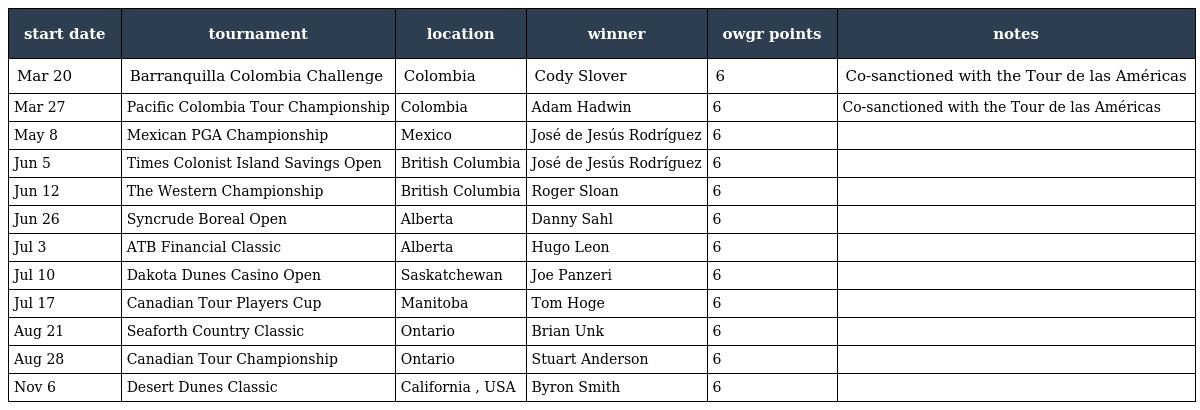
| start date | tournament | location | winner | owgr points | notes |
 | --- | --- | --- | --- | --- | --- |
 | Mar 20 | Barranquilla Colombia Challenge | Colombia | Cody Slover | 6 | Co-sanctioned with the Tour de las Américas |
 | Mar 27 | Pacific Colombia Tour Championship | Colombia | Adam Hadwin | 6 | Co-sanctioned with the Tour de las Américas |
 | May 8 | Mexican PGA Championship | Mexico | José de Jesús Rodríguez | 6 |  |
 | Jun 5 | Times Colonist Island Savings Open | British Columbia | José de Jesús Rodríguez | 6 |  |
 | Jun 12 | The Western Championship | British Columbia | Roger Sloan | 6 |  |
 | Jun 26 | Syncrude Boreal Open | Alberta | Danny Sahl | 6 |  |
 | Jul 3 | ATB Financial Classic | Alberta | Hugo Leon | 6 |  |
 | Jul 10 | Dakota Dunes Casino Open | Saskatchewan | Joe Panzeri | 6 |  |
 | Jul 17 | Canadian Tour Players Cup | Manitoba | Tom Hoge | 6 |  |
 | Aug 21 | Seaforth Country Classic | Ontario | Brian Unk | 6 |  |
 | Aug 28 | Canadian Tour Championship | Ontario | Stuart Anderson | 6 |  |
 | Nov 6 | Desert Dunes Classic | California , USA | Byron Smith | 6 |  |